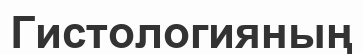
Гистологияның